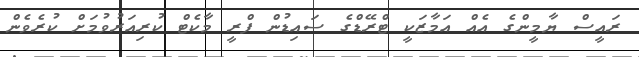
ރައީސް ޔާމީންގެ އެއް އަމާޒަކީ ޓްރޭޑްގެ ސައިޑުން ފްރީ މާކެޓް ކުރިއަރުވުމަށް ކުރެވެން